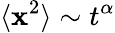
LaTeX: \langle\textbf{x}^{2}\rangle\sim t^{\alpha}